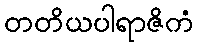
တတိယပါရာဇိကံ